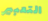
التعبير